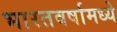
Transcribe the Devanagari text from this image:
भारतवर्षामध्ये